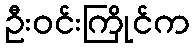
ဦးဝင်းကြိုင်က